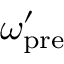
\omega _ { \mathrm { p r e } } ^ { \prime }